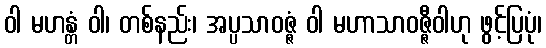
ဝါ မဟန္တံ ဝါ၊ တစ်နည်း၊ အပ္ပသာဝဇ္ဇံ ဝါ မဟာသာဝဇ္ဇီဝါဟု ဖွင့်ပြပုံ၊